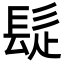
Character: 𩬂